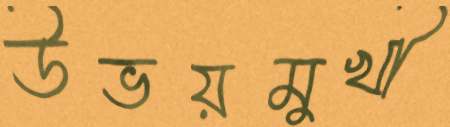
উভয়মুখী